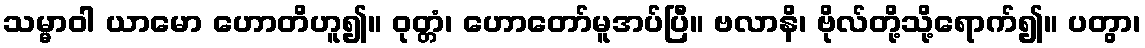
သမ္မာဝါ ယာမော ဟောတိဟူ၍။ ဝုတ္တံ၊ ဟောတော်မူအပ်ပြီ။ ဗလာနိ၊ ဗိုလ်တို့သို့ရောက်၍။ ပတွာ၊